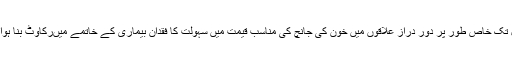
حال تک خاص طور پر دور دراز علاقوں میں خون کی جانچ کی مناسب قیمت میں سہولت کا فقدان بیماری کے خاتمے میںرکاوٹ بنا ہوا تھا۔